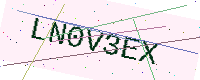
Text: LN0V3EX